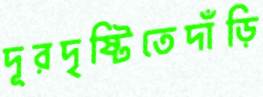
দূরদৃষ্টিতেদাঁড়ি